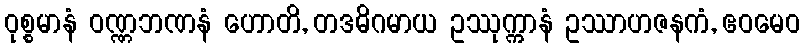
ဝုစ္စမာနံ ဝဏ္ဏဘဏနံ ဟောတိ, တဒဓိဂမာယ ဥဿုက္ကာနံ ဥဿာဟဇနကံ, ဧဝမေဝ